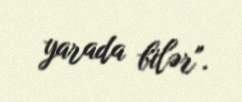
yarada bilər".